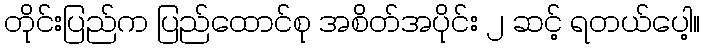
တိုင်းပြည်က ပြည်ထောင်စု အစိတ်အပိုင်း ၂ ဆင့် ရတယ်ပေါ့။